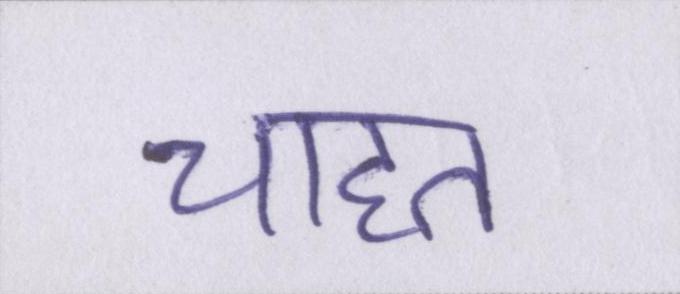
चाहत